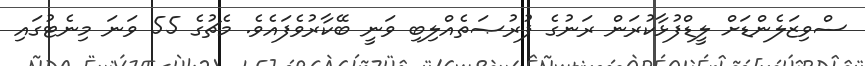
ސްވިޒަލެންޑަށް ލީޑްފުޅާކުރަން ރަނުގެ ފުރުޞަތެއްލިބި ވަނީ ބޭކާރުވެފައެވެ. މެޗުގެ 55 ވަނަ މިނެޓުގައި